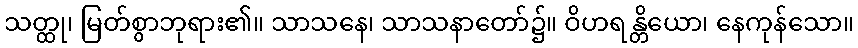
သတ္ထု၊ မြတ်စွာဘုရား၏။ သာသနေ၊ သာသနာတော်၌။ ဝိဟရန္တိယော၊ နေကုန်သော။